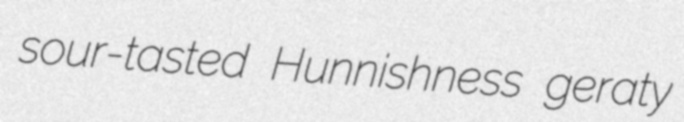
sour-tasted Hunnishness geraty